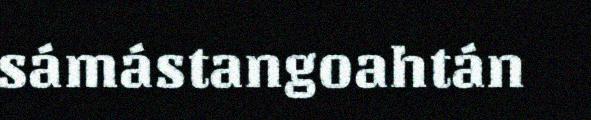
sámástangoahtán